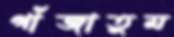
গাঁজাতুম